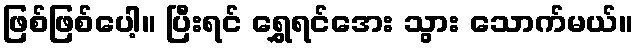
ဖြစ်ဖြစ်ပေါ့။ ပြီးရင် ရွှေရင်အေး သွား သောက်မယ်။